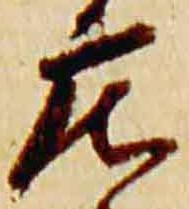
庄